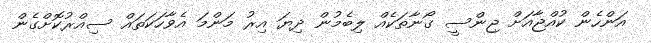
އަންހެން ކުއްޖާއަށް ޖިންސީ ގޯނާތަކެއް ލިބެމުން ދިޔަ އިރު މަންމަ އެވާހަކަތައް ސިއްރުކޮށްގެން